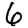
Digit: 6